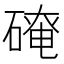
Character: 𪿬